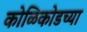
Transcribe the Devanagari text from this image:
कोळिकोडच्या